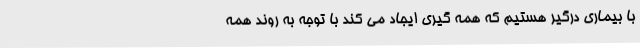
با بیماری درگیر هستیم که همه گیری ایجاد می کند با توجه به روند همه